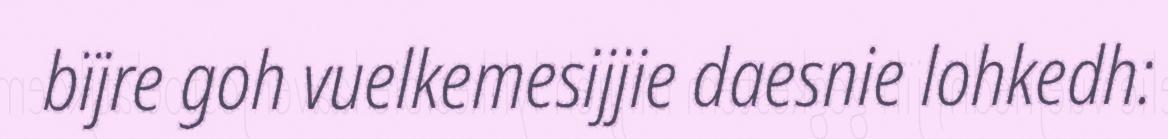
bïjre goh vuelkemesijjie daesnie lohkedh: